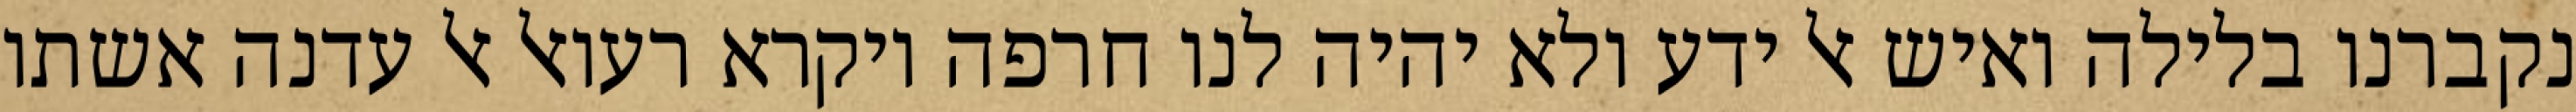
נקברנו בלילה ואיש אל ידע ולא יהיה לנו חרפה ויקרא רעואל אל עדנה אשתו